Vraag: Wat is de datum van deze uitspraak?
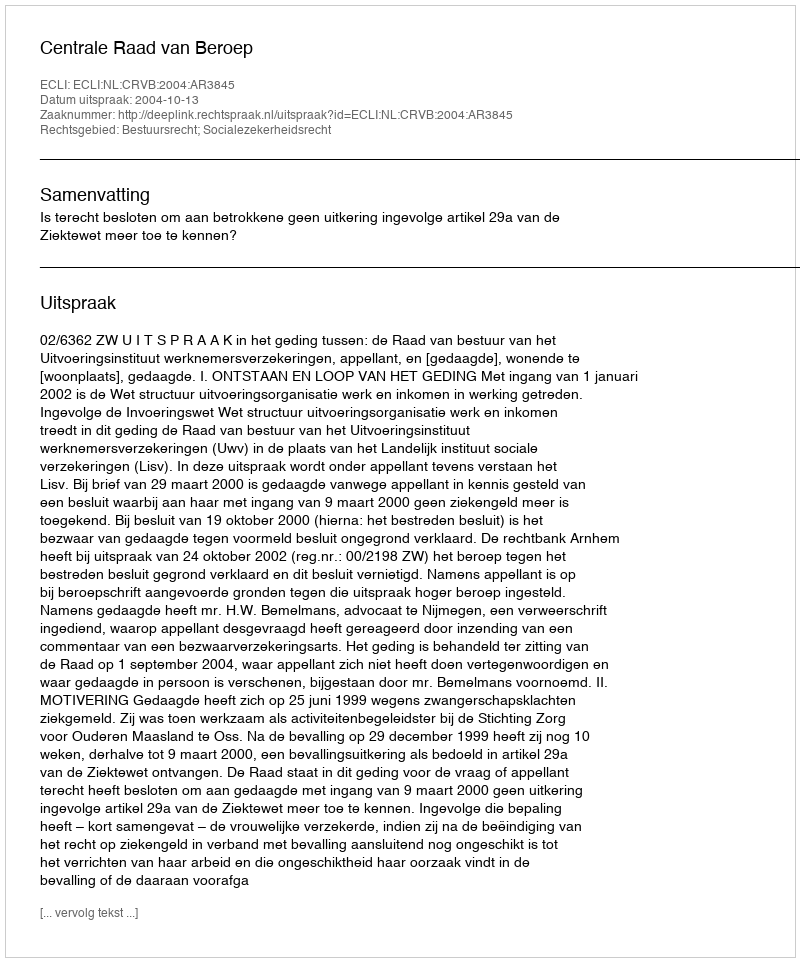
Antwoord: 2004-10-13